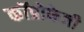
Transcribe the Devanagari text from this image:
कॉप्रोफेजी